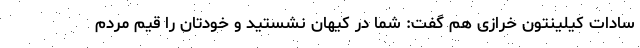
سادات کیلینتون خرازی هم گفت: شما در کیهان نشستید و خودتان را قیم مردم